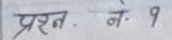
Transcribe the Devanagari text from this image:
प्रश्न नं. १